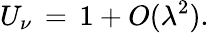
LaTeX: U_{\nu}\, =\, 1+O(\lambda^{2}).